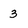
Character: 3